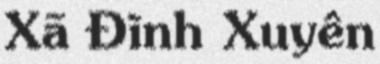
Xã Đình Xuyên